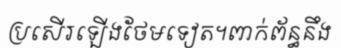
ប្រសើរឡើងថែមទៀត។ពាក់ព័ន្ធនឹង